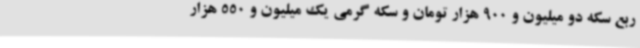
ربع سکه دو میلیون و 900 هزار تومان و سکه گرمی یک میلیون و 550 هزار